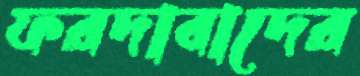
ফরদাবাদের